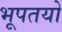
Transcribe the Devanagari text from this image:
भूपतयो